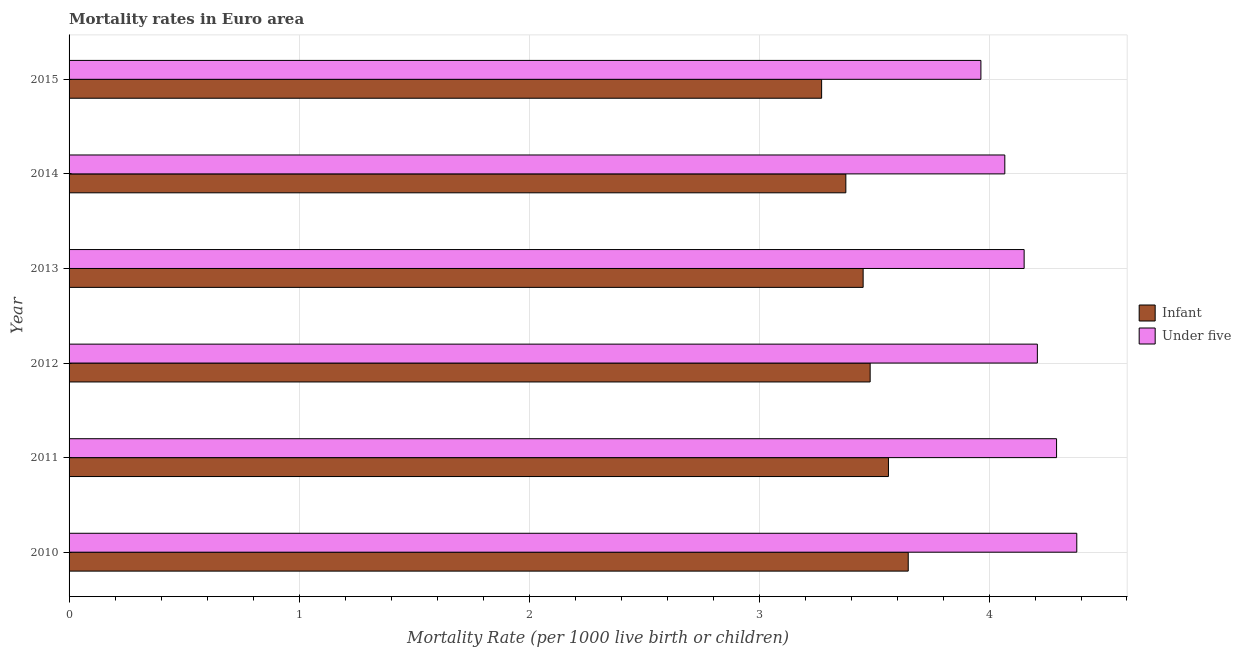
| Year | Infant | Under five |
 | --- | --- | --- |
 | 2010 | 3.65 | 4.38 |
 | 2011 | 3.56 | 4.29 |
 | 2012 | 3.48 | 4.21 |
 | 2013 | 3.45 | 4.15 |
 | 2014 | 3.38 | 4.07 |
 | 2015 | 3.27 | 3.96 |